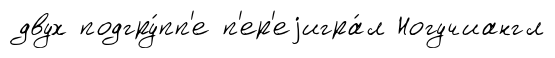
двух подгру́пп'е п'ер'еjигра́л Ногучиангл